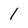
Character: 1